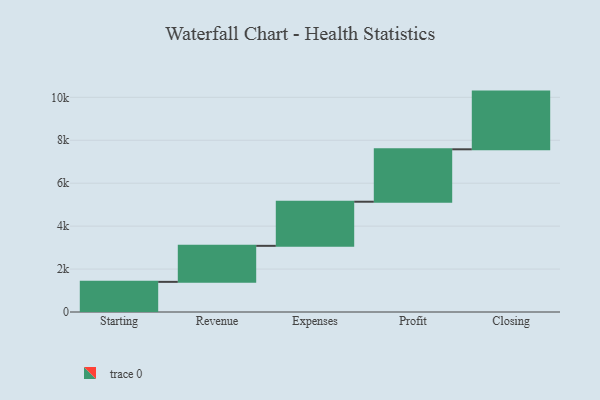
{"axis": {"x": "Step", "y": "Value"}, "legend": [""], "data": [{"x": "Starting", "y": 1404.0, "type": ""}, {"x": "Revenue", "y": 1678.0, "type": ""}, {"x": "Expenses", "y": 2055.0, "type": ""}, {"x": "Profit", "y": 2442.0, "type": ""}, {"x": "Closing", "y": 2688.0, "type": ""}]}